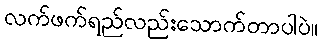
လက်ဖက်ရည်လည်းသောက်တာပါပဲ။